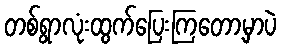
တစ်ရွာလုံးထွက်ပြေးကြတော့မှာပဲ